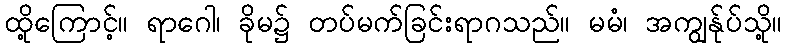
ထို့ကြောင့်။ ရာဂေါ၊ ခိုမ၌ တပ်မက်ခြင်းရာဂသည်။ မမံ၊ အကျွန်ုပ်သို့။